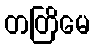
တတြိမေ